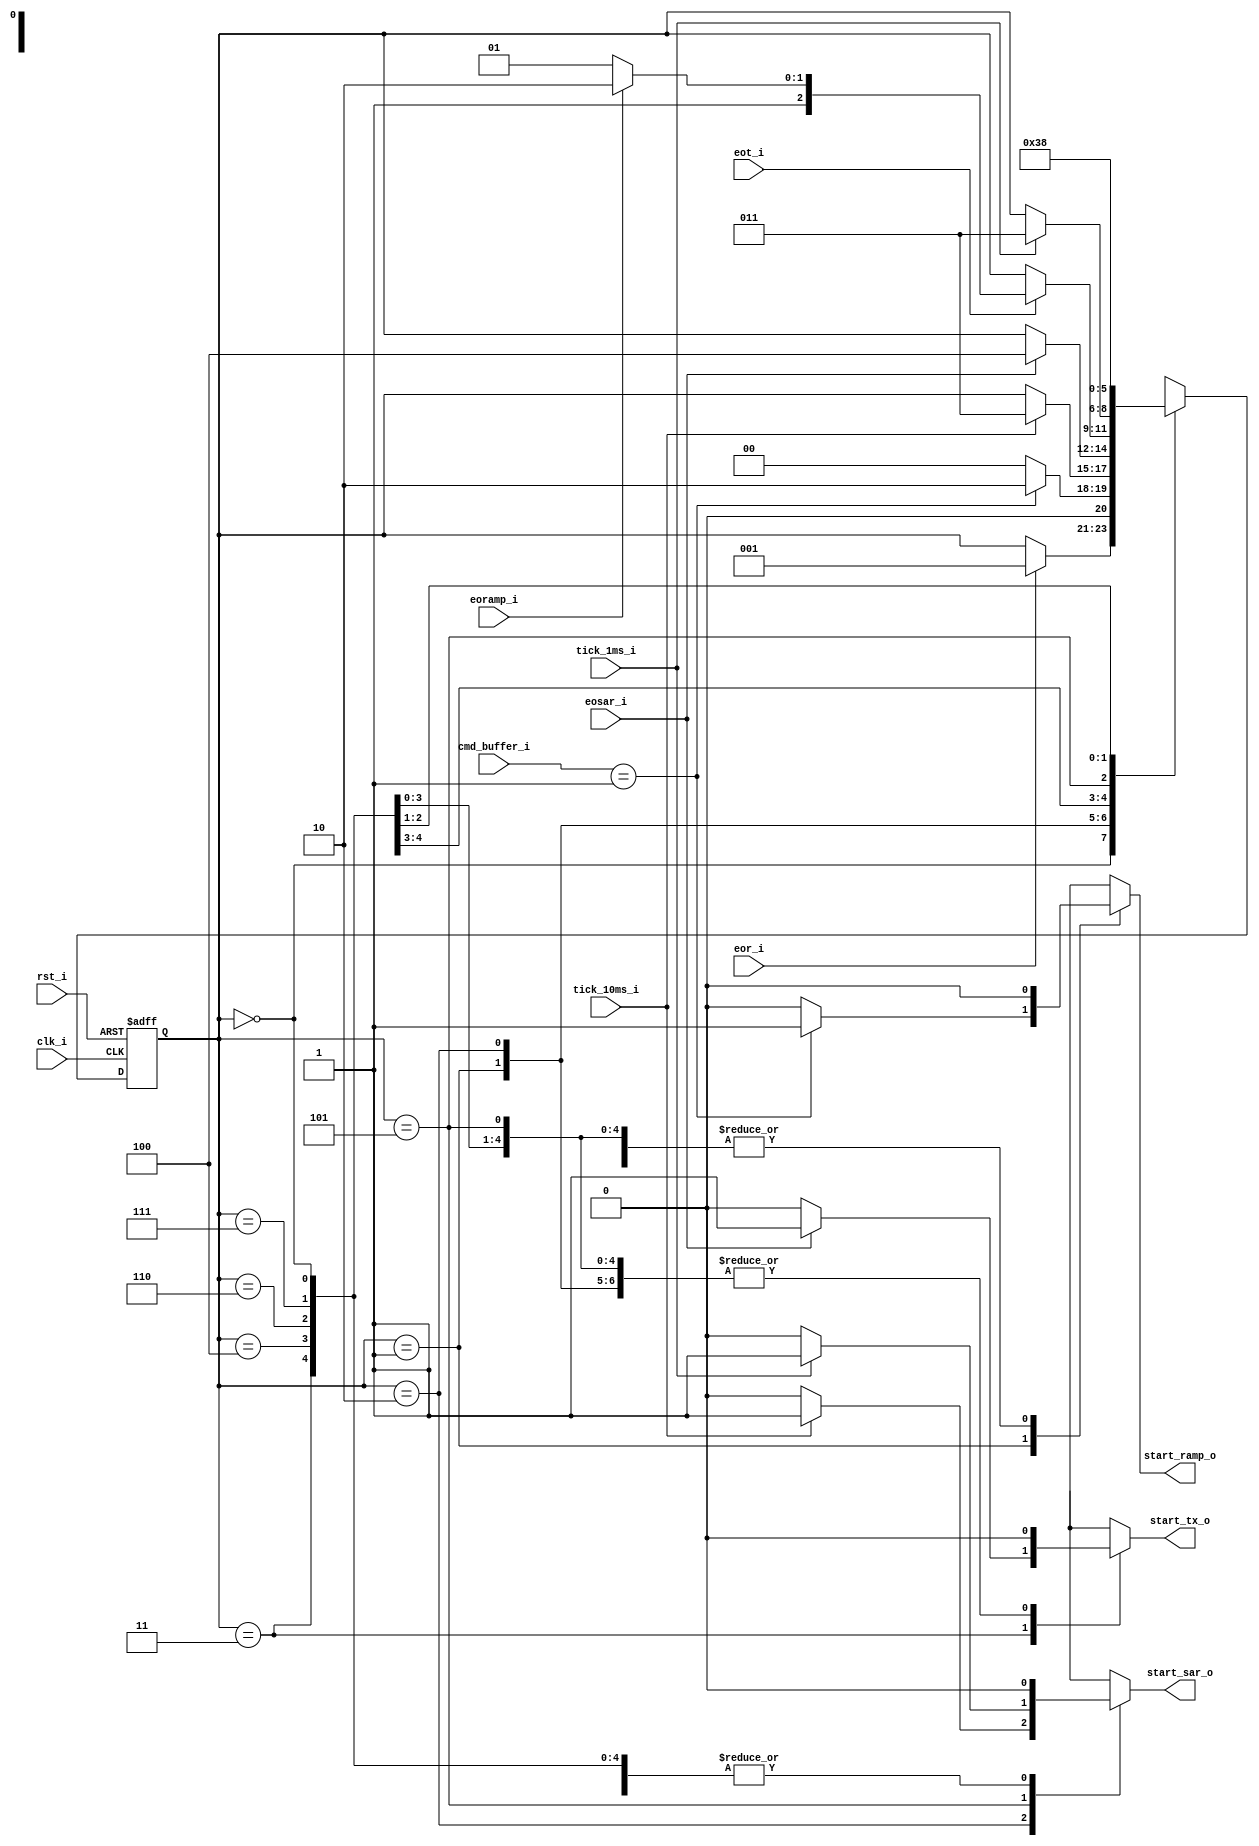
// Name: .v
//
// Description: 

module fsm_unic_cass #(
  parameter Width = 8
) (
  input                  clk_i,
  input                  rst_i,
  input      [Width-1:0] cmd_buffer_i,
  input                  eor_i,
  input                  eot_i,
  input                  eoramp_i,
  input                  eosar_i,
  input                  tick_10ms_i,
  input                  tick_1ms_i,
  output reg             start_tx_o,
  output reg             start_ramp_o,
  output reg             start_sar_o
);

  localparam [2:0] s0 = 3'd0,
                   s1 = 3'd1,
                   s2 = 3'd2,
                   s3 = 3'd3,
                   s4 = 3'd4,
                   s5 = 3'd5,
                   s6 = 3'd6,
                   s7 = 3'd7;
		
  reg [2:0] state_reg, state_next;
	
  always @(*) begin
    state_next = state_reg;
    start_tx_o     = 1'b0;
    start_ramp_o   = 1'b0;
    start_sar_o    = 1'b0;
    case (state_reg)
      s0: begin // Idle
            if (eor_i) begin
              state_next = s1;
            end 
          end
      s1: begin // CMD decode and activate Ramp
            if (cmd_buffer_i == 8'h01) begin
              state_next = s2;
              start_ramp_o = 1'b1;
            end else begin
              state_next = s0;
            end
          end
      s2: begin // Sync with tick_10ms and activate SAR
             if (tick_10ms_i) begin
               start_sar_o = 1'b1;
               state_next = s3;
             end
          end
      s3: begin // Wait SAR and activate tx
            if (eosar_i) begin
              start_tx_o = 1'b1;
              state_next = s4;
            end
          end
      s4: begin // Wait tx
            if (eot_i) begin
               if (eoramp_i) begin
                 state_next = s6;
               end else begin
                 state_next = s5;
               end
            end
          end
      s5: begin // Sync with tick_1ms and activate SAR
            if (tick_1ms_i) begin
              start_sar_o = 1'b1;
              state_next = s3;
            end
          end
      s6: begin // Dummy state
            state_next = s7;
          end
      s7: begin // Dummy state
            state_next = s0;
          end
    endcase
  end

  always @(posedge clk_i, posedge rst_i) begin
    if (rst_i) begin
      state_reg <= s0;
    end else begin
      state_reg <= state_next;
    end
  end	
  
endmodule